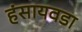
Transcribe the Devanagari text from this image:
हंसायवडा